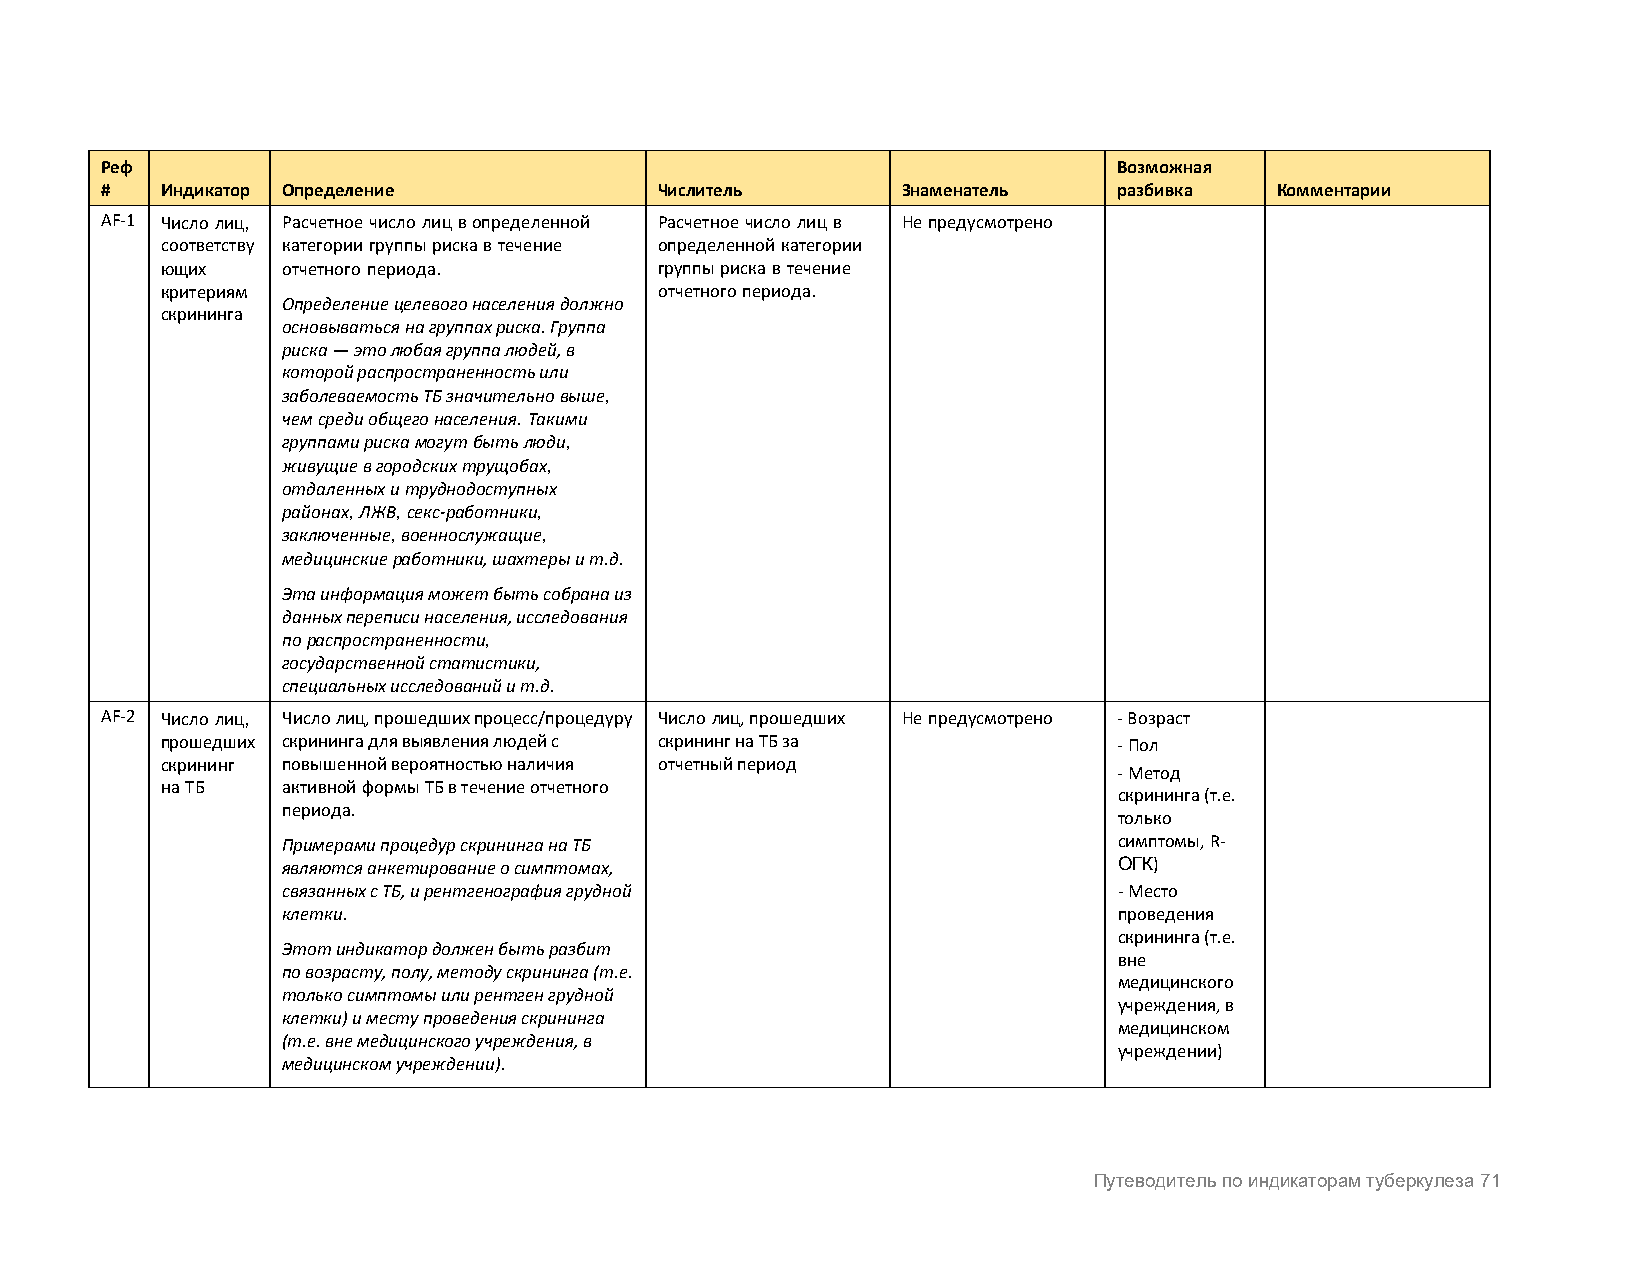
Реф                                                                Возможная
 #   Индикатор Определение            Числитель       Знаменатель   разбивка  Комментарии
 AF-1 Число лиц, Расчетное число лиц в определенной Расчетное число лиц в Не предусмотрено
 соответству категории группы риска в течение определенной категории
 ющих    отчетного периода.       группы риска в течение
 критериям                        отчетного периода.
 Определение целевого населения должно
 скрининга
 основываться на группах риска. Группа
 риска — это любая группа людей, в
 которой распространенность или
 заболеваемость ТБ значительно выше,
 чем среди общего населения. Такими
 группами риска могут быть люди,
 живущие в городских трущобах,
 отдаленных и труднодоступных
 районах, ЛЖВ, секс-работники,
 заключенные, военнослужащие,
 медицинские работники, шахтеры и т.д.
 Эта информация может быть собрана из
 данных переписи населения, исследования
 по распространенности,
 государственной статистики,
 специальных исследований и т.д.
 AF-2 Число лиц, Число лиц, прошедших процесс/процедуру Число лиц, прошедших Не предусмотрено - Возраст
 прошедших скрининга для выявления людей с скрининг на ТБ за    - Пол
 скрининг повышенной вероятностью наличия отчетный период
 - Метод
 на ТБ   активной формы ТБ в течение отчетного
 скрининга (т.е.
 периода.
 только
 Примерами процедур скрининга на ТБ                     симптомы, R-
 являются анкетирование о симптомах,                    ОГК)
 связанных с ТБ, и рентгенография грудной               - Место
 клетки.                                                проведения
 скрининга (т.е.
 Этот индикатор должен быть разбит
 вне
 по возрасту, полу, методу скрининга (т.е.
 медицинского
 только симптомы или рентген грудной
 учреждения, в
 клетки) и месту проведения скрининга
 медицинском
 (т.е. вне медицинского учреждения, в
 учреждении)
 медицинском учреждении).
 Путеводитель по индикаторам туберкулеза 71